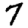
Digit: 7